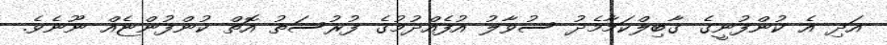
އަދި އެ ކުންފުނީގެ ގާބިލްކަމާމެދު ސުވާލު އުފެއްދުމުގެ ފުރުސަތު އޮތް ކުންފުންޏެއް ނޫނެވެ.